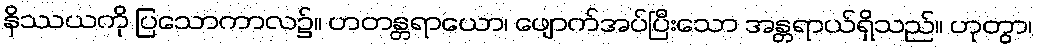
နိဿယကို ပြသောကာလ၌။ ဟတန္တရာယော၊ ဖျောက်အပ်ပြီးသော အန္တရာယ်ရှိသည်။ ဟုတွာ၊